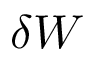
\delta W